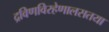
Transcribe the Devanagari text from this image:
द्रविणविरहेणालसतया